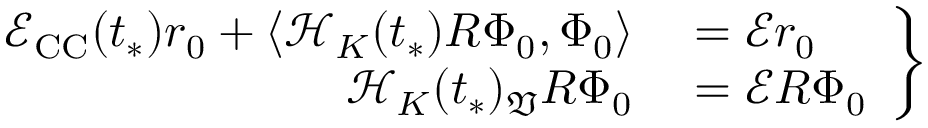
\left. \begin{array} { r l } { \mathcal { E } _ { \mathrm { C C } } ( t _ { * } ) r _ { 0 } + \langle \mathcal { H } _ { K } ( t _ { * } ) R \Phi _ { 0 } , \Phi _ { 0 } \rangle } & { { } = \mathcal { E } r _ { 0 } } \\ { \mathcal { H } _ { K } ( t _ { * } ) _ { \mathfrak { V } } R \Phi _ { 0 } } & { { } = \mathcal { E } R \Phi _ { 0 } } \end{array} \right\}